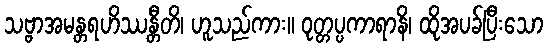
သဗ္ဗာအမန္တရဟိဿန္တီတိ၊ ဟူသည်ကား။ ဝုတ္တပ္ပကာရာနိ၊ ထိုအပခ်ပြီးသော